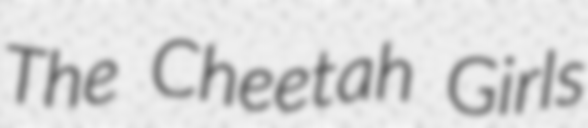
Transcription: The Cheetah Girls